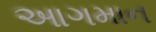
આગમાન